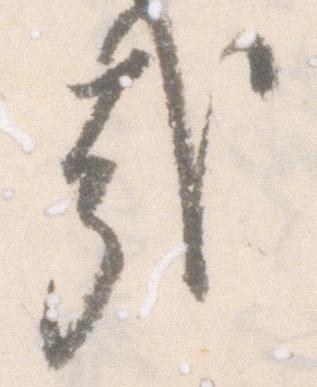
哉